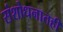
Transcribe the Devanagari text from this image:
संशोधनातही